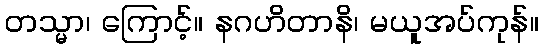
တသ္မာ၊ ကြောင့်။ နဂဟိတာနိ၊ မယူအပ်ကုန်။